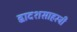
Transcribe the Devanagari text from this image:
द्वादशसाहस्त्री